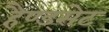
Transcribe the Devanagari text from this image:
हैण्ड्सेट